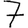
Digit: 7